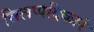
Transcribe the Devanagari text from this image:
सिलप्पदिकारं